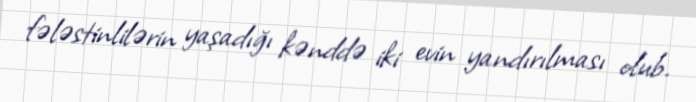
fələstinlilərin yaşadığı kənddə iki evin yandırılması olub.